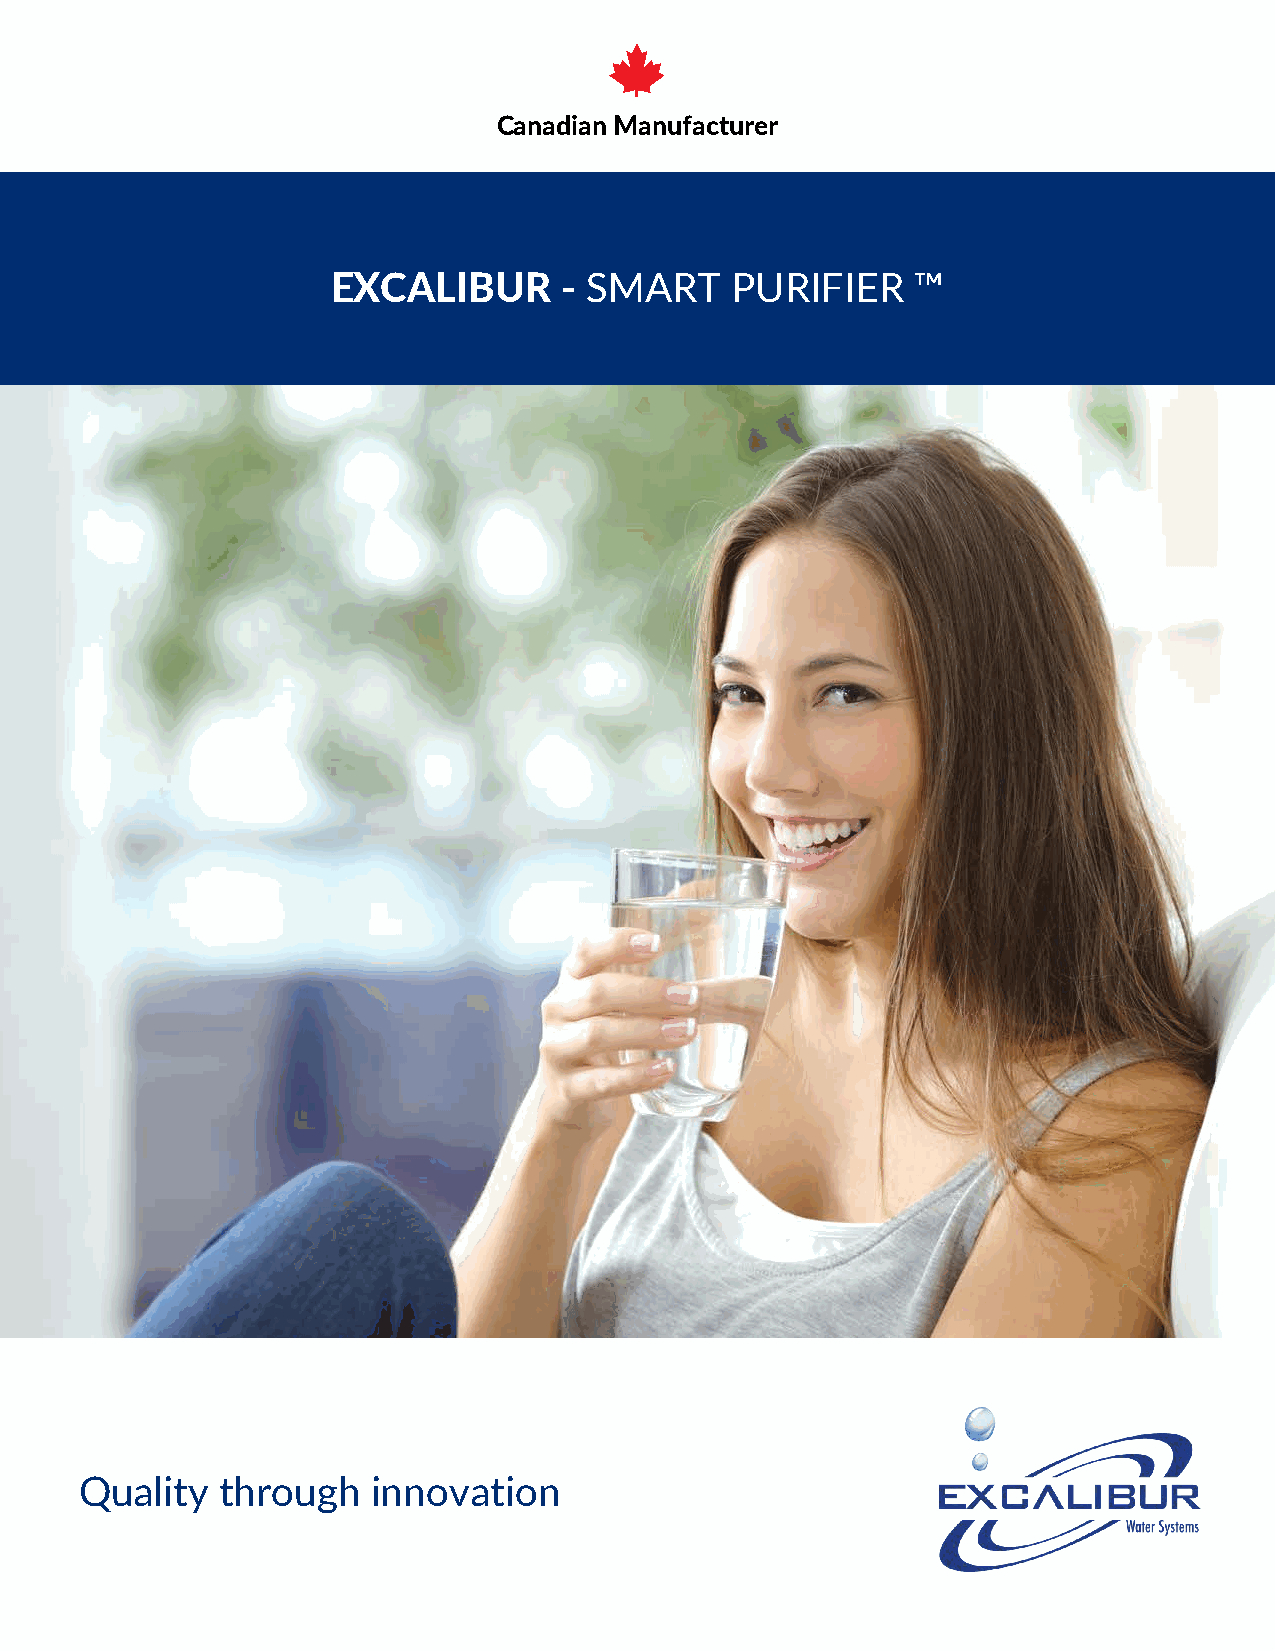
Canadian Manufacturer
 EXCALIBUR      - SMART    PURIFIER     ™
 Quality   through   innovation